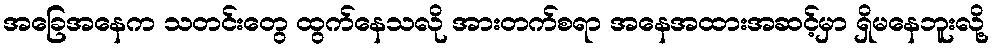
အခြေအနေက သတင်းတွေ ထွက်နေသလို အားတက်စရာ အနေအထားအဆင့်မှာ ရှိမနေဘူးလို့